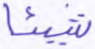
شيئا